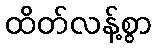
ထိတ်လန့်စွာ